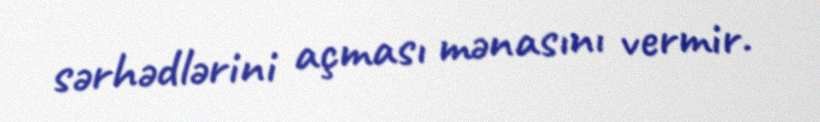
sərhədlərini açması mənasını vermir.